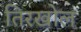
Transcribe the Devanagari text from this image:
तिरखोल